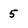
Character: 5